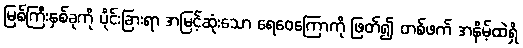
မြစ်ကြီးနှစ်ခုကို ပိုင်းခြားရာ အမြင့်ဆုံးသော ရေဝေကြောကို ဖြတ်၍ တစ်ဖက် အနိမ့်ထဲရှိ